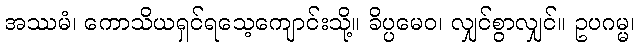
အဿမံ၊ ကောသိယရှင်ရသေ့ကျောင်းသို့။ ခိပ္ပမေဝ၊ လျှင်စွာလျှင်။ ဥပဂမ္မ၊